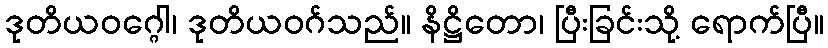
ဒုတိယဝဂ္ဂေါ၊ ဒုတိယဝဂ်သည်။ နိဋ္ဌိတော၊ ပြီးခြင်းသို့ ရောက်ပြီ။